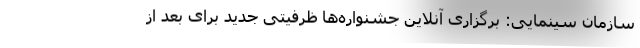
سازمان سینمایی: برگزاری آنلاین جشنواره‌ها ظرفیتی جدید برای بعد از